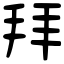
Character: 拜